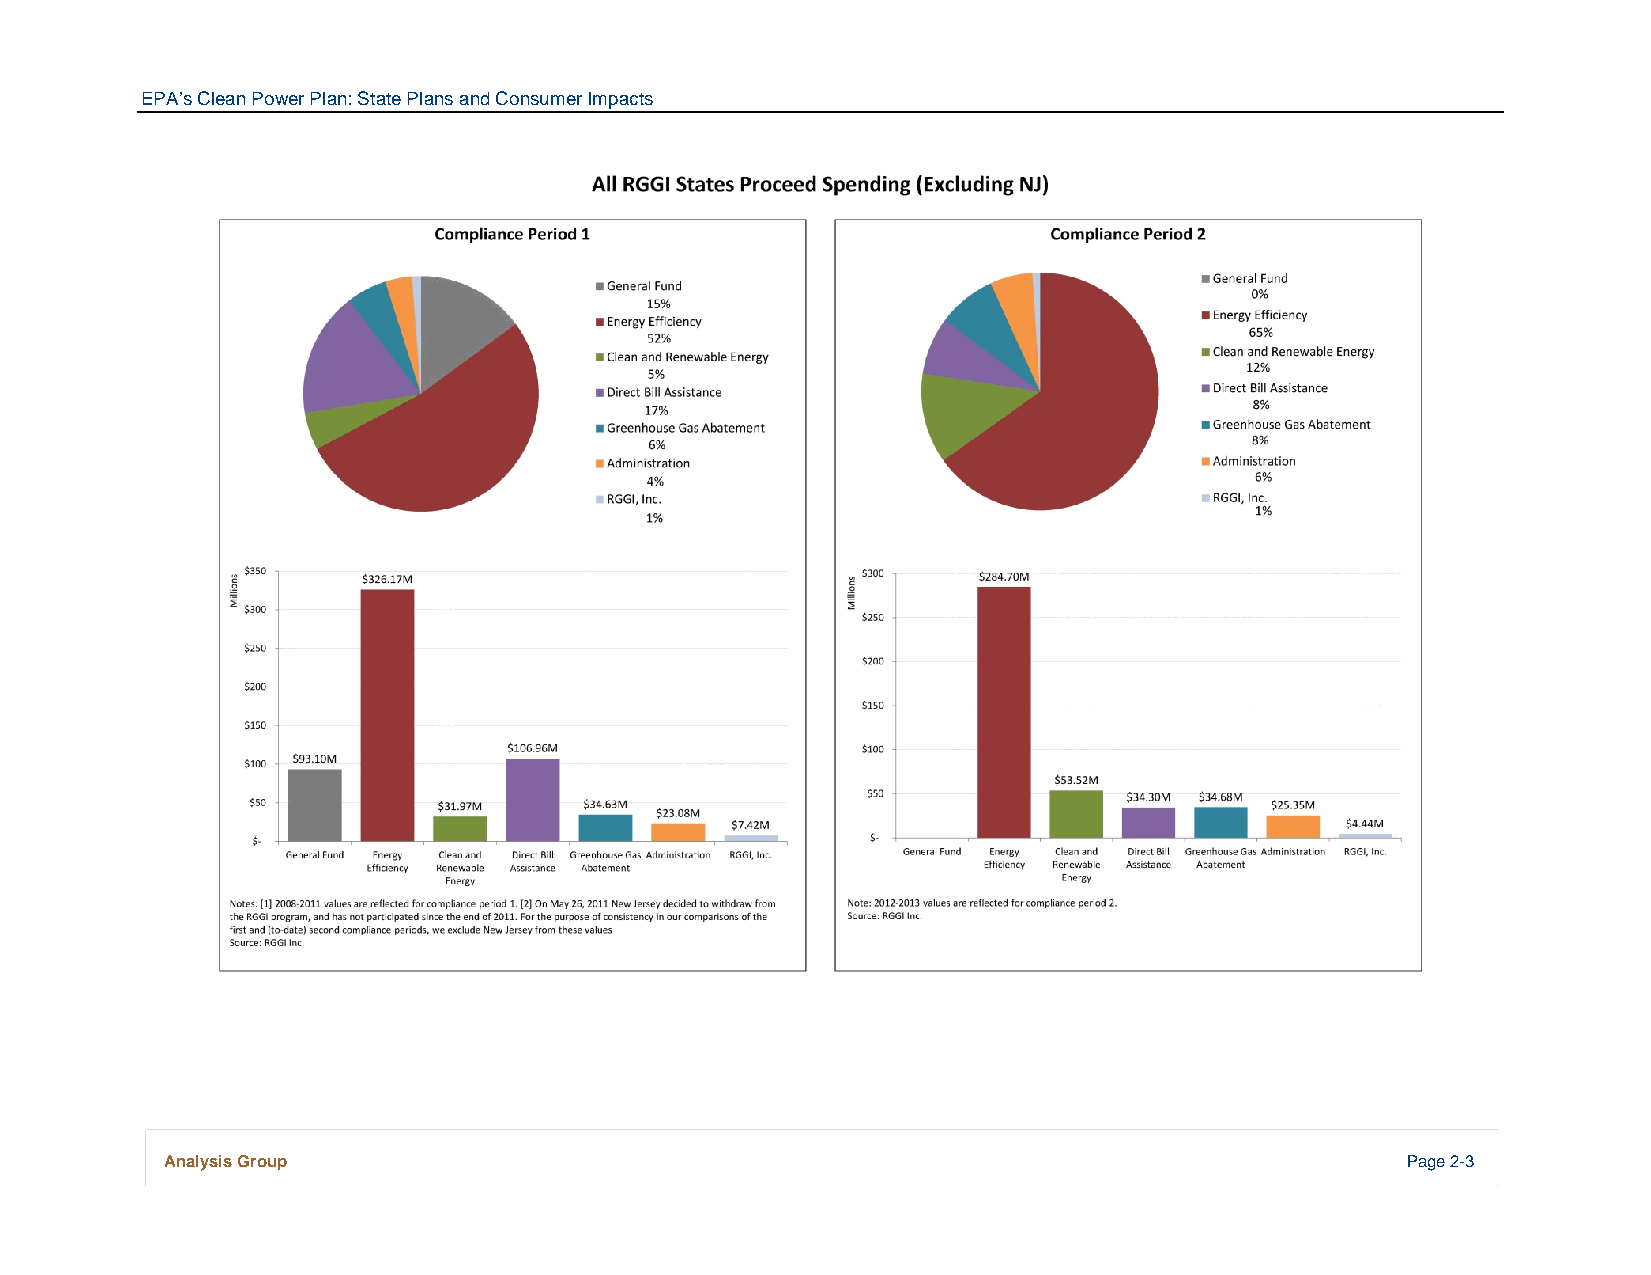
EPA’s Clean Power Plan: State Plans and Consumer Impacts
 Analysis Group                                                                    Page 2-3